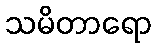
သမိတာရော